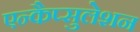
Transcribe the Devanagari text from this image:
एन्कैप्सुलेशन